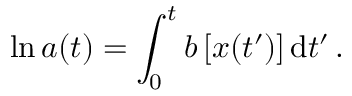
\ln a ( t ) = \int _ { 0 } ^ { t } b \left[ \boldsymbol { x } ( t ^ { \prime } ) \right] { \mathrm { d } } t ^ { \prime } \, .